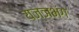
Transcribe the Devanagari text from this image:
यज्ञभंग